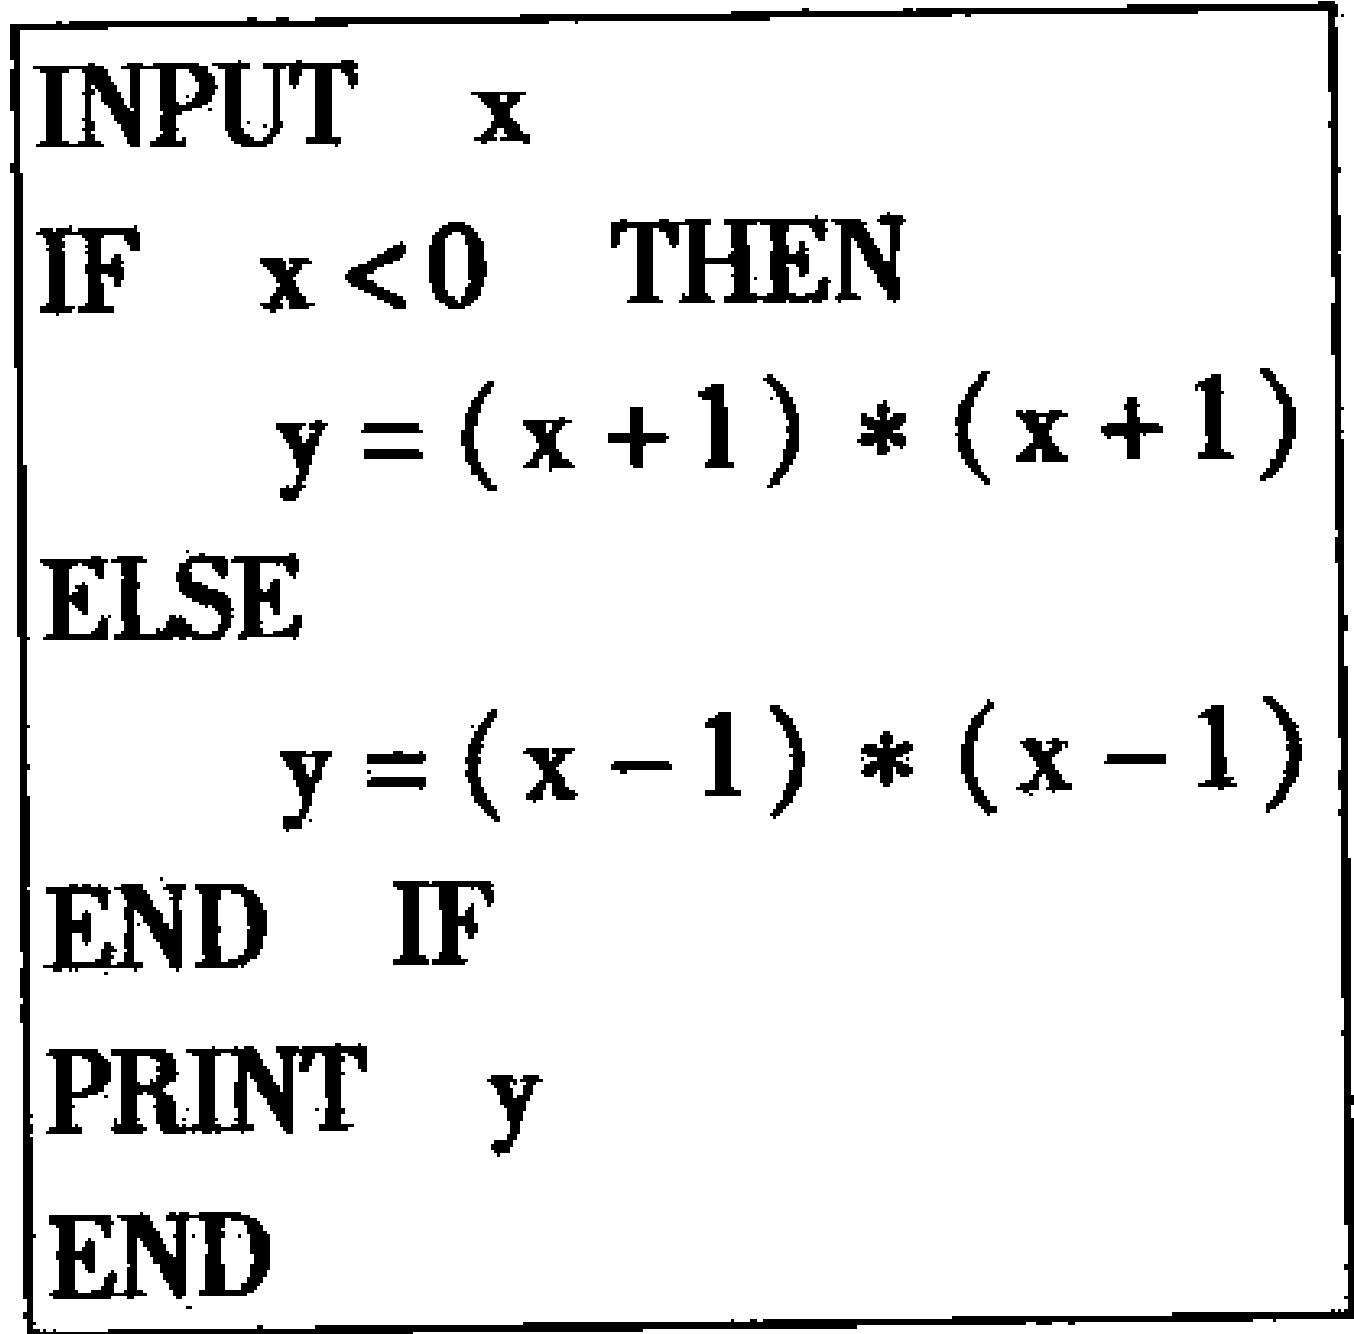
```

\begin{verbatim}

INPUT  x

IF  x<0  THEN

     y=(x + 1)*(x + 1)

ELSE

     y=(x - 1)*(x - 1)

END  IF

PRINT  y

END

\end{verbatim}

```